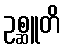
ဥစ္ဆူတိ